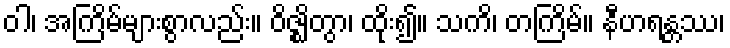
ဝါ၊ အကြိမ်များစွာလည်း။ ဝိဇ္ဈိတွာ၊ ထိုး၍။ သကိ၊ တကြိမ်။ နီဟရန္တဿ၊